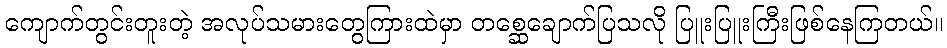
ကျောက်တွင်းတူးတဲ့ အလုပ်သမားတွေကြားထဲမှာ တစ္ဆေချောက်ပြသလို ပြူးပြူးကြီးဖြစ်နေကြတယ်။